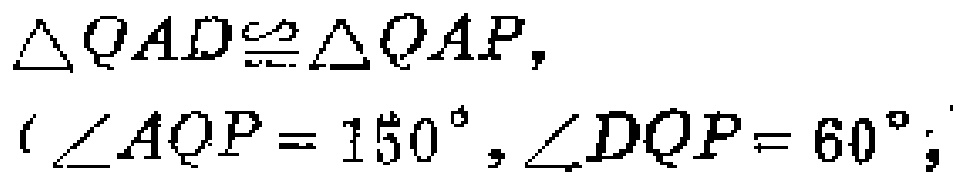
$\triangle QAD\cong\triangle QAP,$
$\angle AQP = 150^{\circ},\angle DQP = 60^{\circ};$